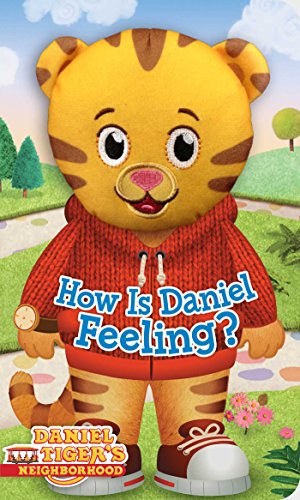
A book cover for How Is Daniel Feeling? (Daniel Tiger's Neighborhood); Children's Books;